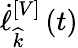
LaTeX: \dot{\ell}_{\widehat{k}}^{\left[V\right]}\left(t\right)